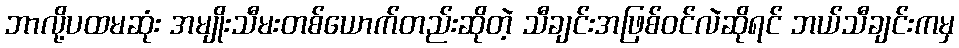
ဘာလို့ပထမဆုံး အမျိုးသီမးတစ်ယောက်တည်းဆိုတဲ့ သီချင်းအဖြစ်ဝင်လဲဆိုရင် ဘယ်သီချင်းကမှ